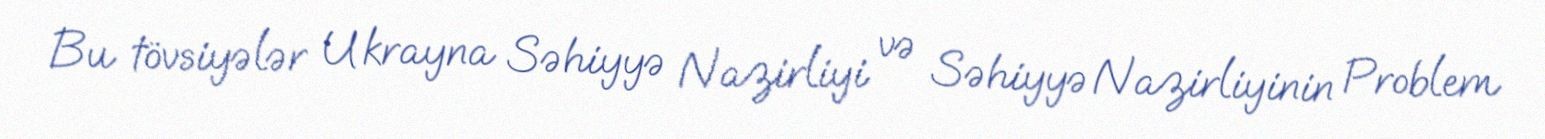
Bu tövsiyələr Ukrayna Səhiyyə Nazirliyi və Səhiyyə Nazirliyinin Problem